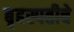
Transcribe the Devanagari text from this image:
बृहस्पतीचे